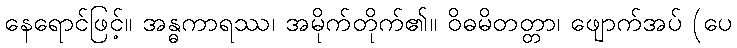
နေရောင်ဖြင့်။ အန္ဓကာရဿ၊ အမိုက်တိုက်၏။ ဝိဓမိတတ္တာ၊ ဖျောက်အပ် (ပေ